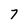
Character: 7